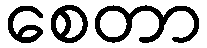
စေတာ